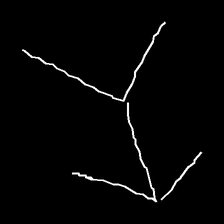
Glyph: gather